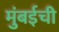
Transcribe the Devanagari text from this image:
मुुंबईची